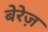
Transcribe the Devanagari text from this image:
बेरेज़